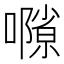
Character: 𡁸